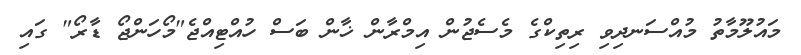
މައުލޫމާތު މުއްސަނދިވި ރިތިކްގެ މެސެޖުން އިމްރާން ޚާން ބަސް ހުއްޓިއްޖެ"މޯހަންޖޯ ޑާރޯ" ގައި